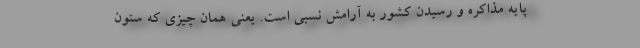
پایه مذاکره و رسیدن کشور به آرامش نسبی است. یعنی همان چیزی که ستون